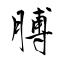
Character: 膊